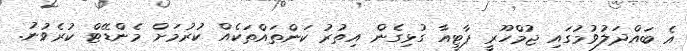
އެ ބައްދަލުވުމުގައި ޖުމްހޫރީ ޕާޓީއާ ގުޅިގެން އިތުރު ކަންތައްތަކެއް ކުރުމަށް މެންޑޭޓް ކުރެވުނު.